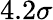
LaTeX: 4.2\sigma